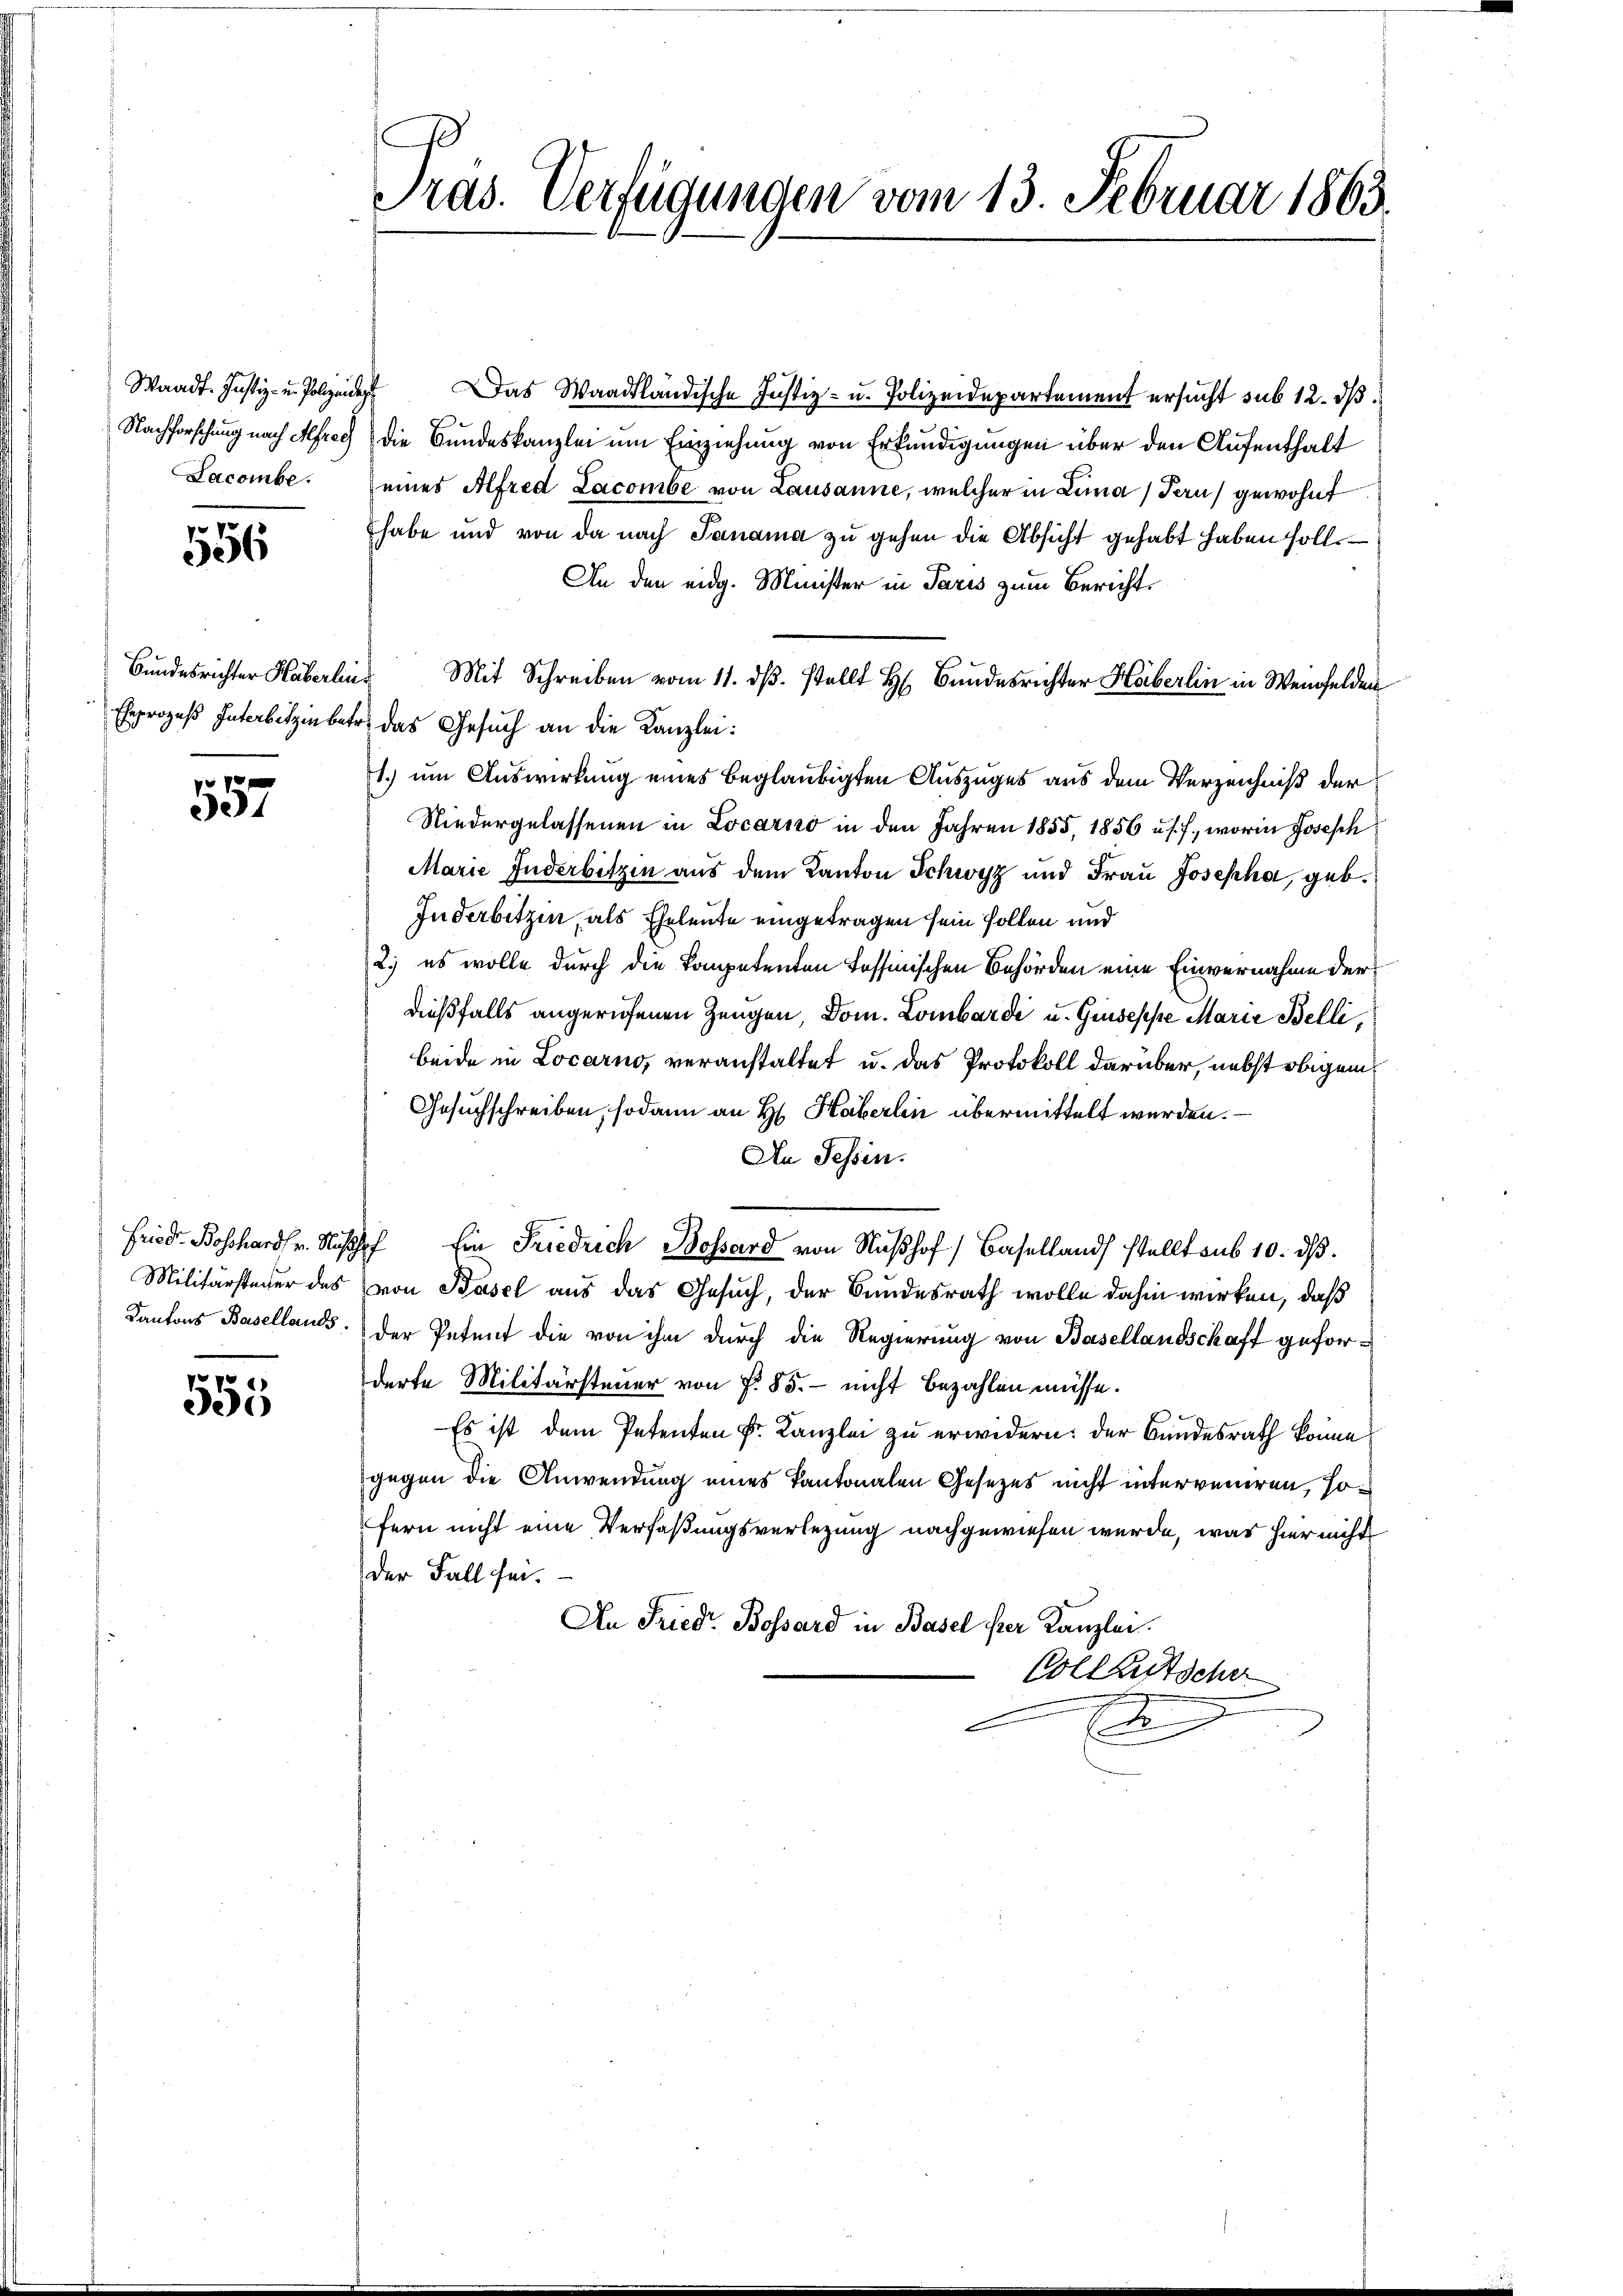
Nachforschung nach Alfreg
Lacombe.

556

e
3

Militärsteuer des
Kantons Basellands

Pepe
e

Pras. Verfügungen vom 13. Februar 1863.

Waadt. Justiz- u. Polen. Das Waadtländische Justiz- u. Polizeidepartement ersucht sub 12. dβ
die Bundeskanzlei um Einziehung von Erkundigungen über den Aufenthalt
eines Alfred Lacombe von Lausanne, welcher in Lina (Tan) gewohnt
habe und von da nach Janama zu gehen die Absicht gehabt haben soll.
An den eidg. Minister in Paris zum Bericht.
Bundesrichter Huberlin Mit Schreiben vom 11. dβ. stellt Hr. Bundesrichter Heiberlin in Weinfelden
Eheprozeß Interbitzin betr. das Gesuch an die Kanzlei:
1.) um Auswirkung eines beglaubigten Auszuges aus dem Verzeichniß der
Niedergelassenen in Locarno in den Jahren 1855, 1856 u. s. f., worin Josesch
Marie Inderbitzin aus dem Kanton Schwyz und Frau Josepha, geb.
Inderbitzen, als Eheleute eingetragen sein sollen und
2.) es wolle durch die Kompetenten Tessinischen Behörden eine Einvernahme der
dießfalls angerufenen Zeugen, Dom. Lombarde u. Giuseppe Marie Belli,
beide in Locarno, veranstaltet u. das Protokoll darüber, nebst obigem
Gesuchschreiben, sodann an H. Haberlin übermittelt werden.
An Tessin.
Fried Boßhardfr. Russich Ein Friedrich Bossard von Nußhof, Baselland stellt sub 10. dβ.
von Basel aus das Gesuch, der Bundesrath wolle dahin wirken, daß
der Petent die von ihm durch die Regierung von Basellandschaff geforderte Militärsteuer von P. 85. - nicht bezahlen müsse.
Es ist dem Petenten Fr. Kanzlei zu erwidern: der Bundesrath könne
gegen die Anwendung eines Kantonalen Gesetzes nicht interveniren, sofern nicht eine Verfaßungsverlegung nachgewiesen wurde, was hier nicht
der Fall sei.
An Friedr. Bossard in Basel ser Kanzlei.
Voll Rutsche
E